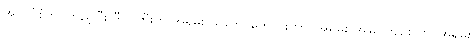
အဘပုံစံကို ကြည့်ပြီး ဒီလူကြီးက အရမ်း သဘောကောင်းတာ၊ အရမ်း အမြင်ကျဉ်းတာ၊ အရမ်း